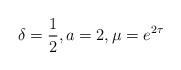
LaTeX: \begin{align*}\delta = \frac{1}{2}, a = 2, \mu = e^{2\tau}\end{align*}